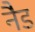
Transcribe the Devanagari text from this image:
नैड